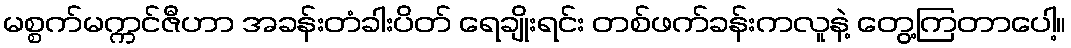
မစ္စက်မက္ကင်ဇီဟာ အခန်းတံခါးပိတ် ရေချိုးရင်း တစ်ဖက်ခန်းကလူနဲ့ တွေ့ကြတာပေါ့။